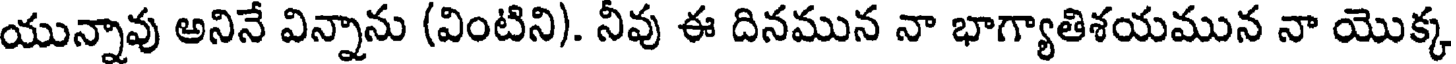
యున్నావు అనినే విన్నాను (వింటిని). నీవు ఈ దినమున నా భాగ్యాతిశయమున నా యొక్క